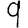
Digit: 9